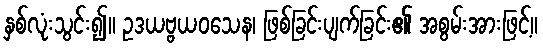
နှစ်လုံးသွင်း၍။ ဥဒယဗ္ဗယဝသေန၊ ဖြစ်ခြင်းပျက်ခြင်း၏ အစွမ်းအားဖြင့်။